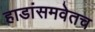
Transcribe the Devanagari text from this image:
हाडांसमवेतच